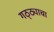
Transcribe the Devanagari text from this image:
गठ्ठ्याचा